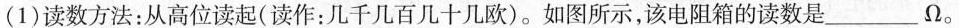
（1）读数方法：从高位读起（读作：几千几百几十欧）。如图所示，该电阻箱的读数是___Ω